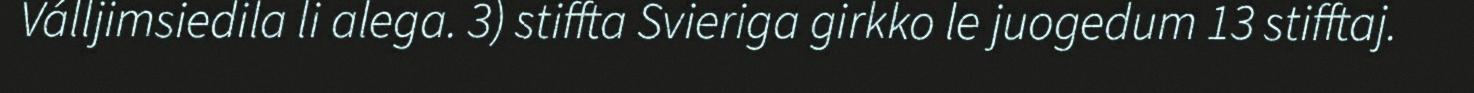
Válljimsiedila li alega. 3) stiffta Svieriga girkko le juogedum 13 stifftaj.